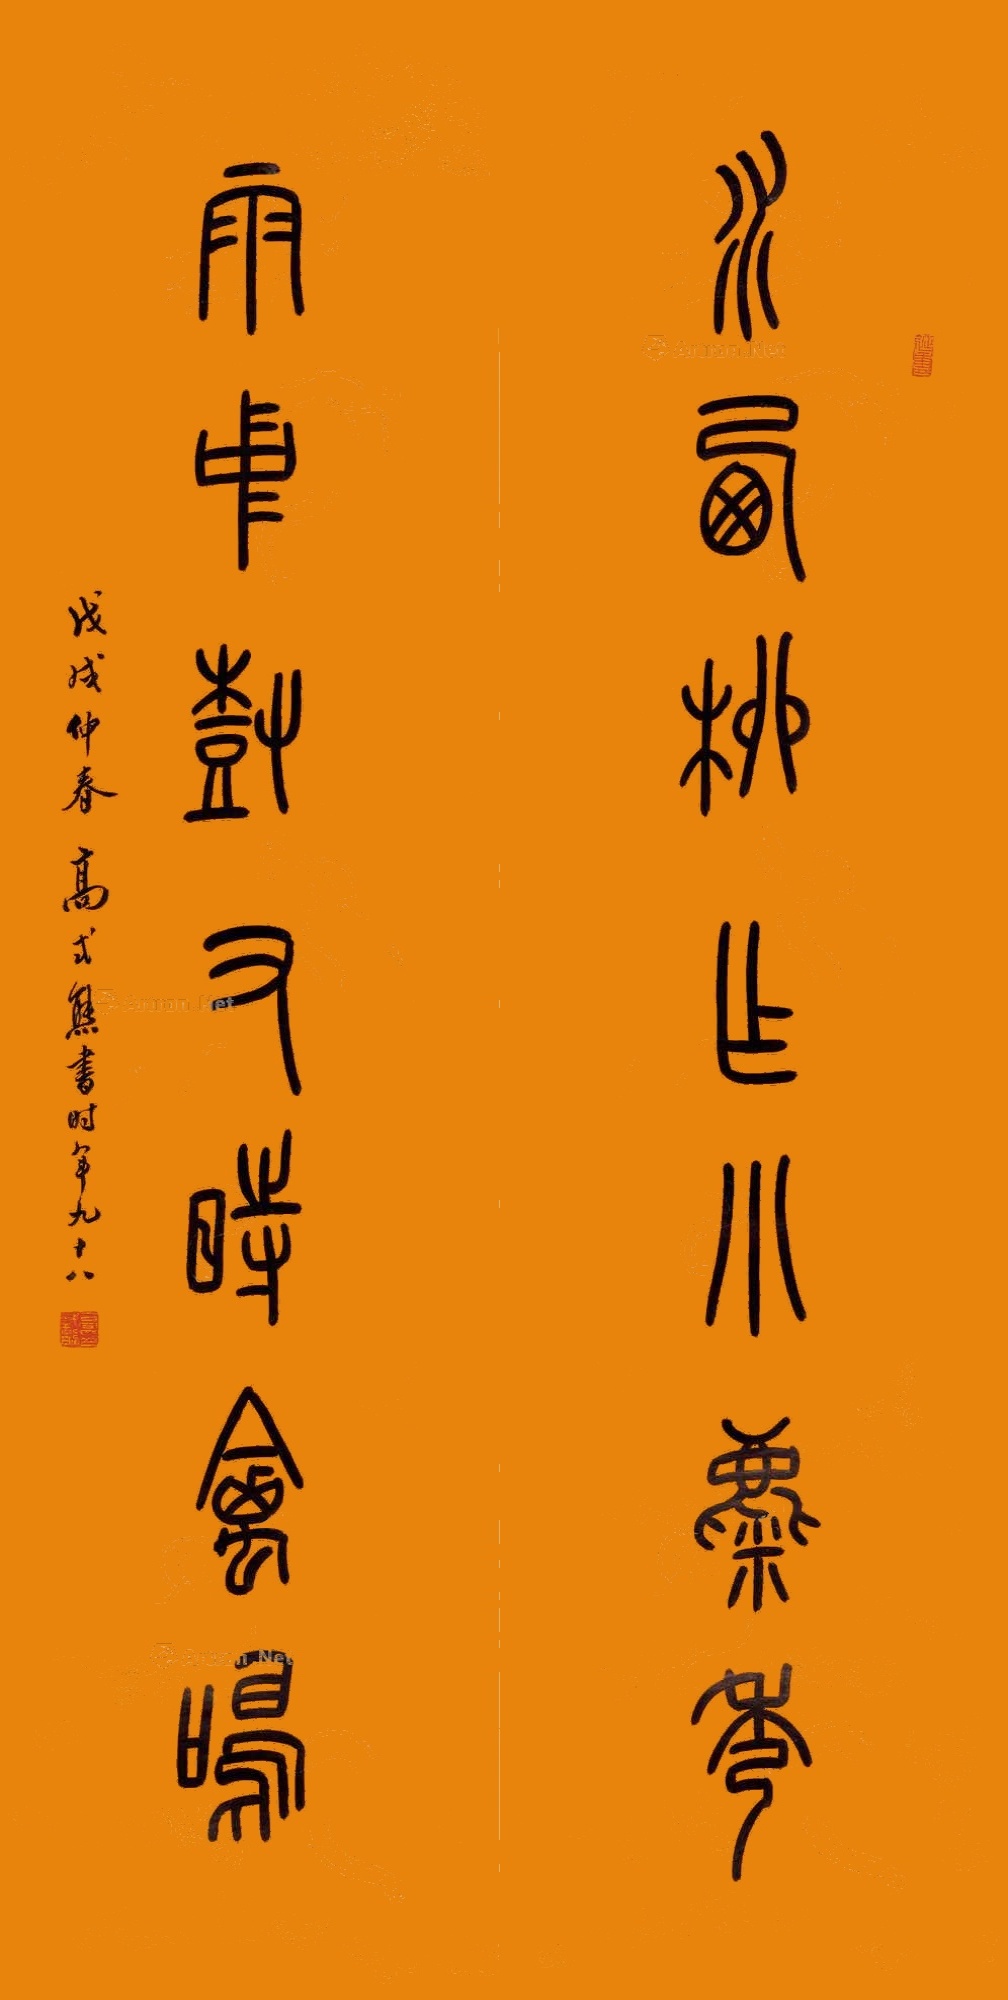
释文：水西柳作小麋秀，雨中树有时禽鸣。戊戌仲春，高式熊书时年九十八。